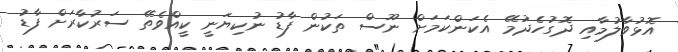
އޮޅުވާލުމާއި ދޮގުހެދުމޭ އެކަންކަމަށް ނޫސް ތަކުން ފާޑު ނުކިޔަނީ ކީއްވެތޭ ސަރުކާރަށް ފާޑު